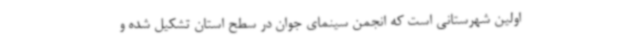
اولین شهرستانی است که انجمن سینمای جوان در سطح استان تشکیل شده و